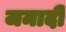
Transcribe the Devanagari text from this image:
जमादी